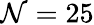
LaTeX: \mathcal{N}=25